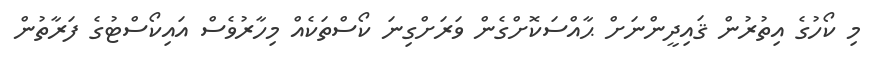
މި ކޯހުގެ އިތުރުން ޤައިދީންނަށް ޙާއްސަކޮށްގެން ވަރަށްގިނަ ކޯސްތަކެއް މިހާރުވެސް އައިކޯސްޓުގެ ފަރާތުން